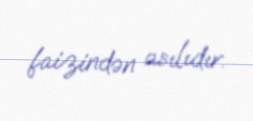
faizindən asılıdır.